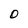
Character: O